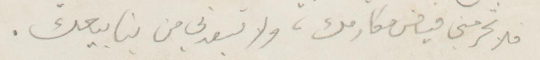
الا تحرمني فيض مكارمك، ولا تبعدني من ينابيعك